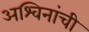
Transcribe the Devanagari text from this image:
अश्विनांची